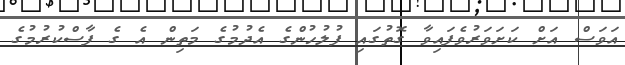
އަވަސް އަށް ކަށަވަރުވެފައިވާ ގޮތުގައި ފުުލުުހުންގެ އެދުމުގެ މަތިން އެ ގެ ފާސްކުރުމުގެ